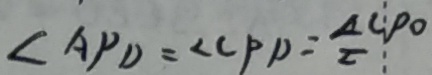
\angle A P D = \angle C P D = \frac { \Delta C P O } { 2 }